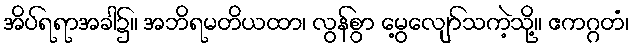
အိပ်ရရာအခါ၌။ အဘိရမတိယထာ၊ လွန်စွာ မွေ့လျော်သကဲ့သို့။ ဧကဂ္ဂတံ၊